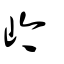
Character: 岒